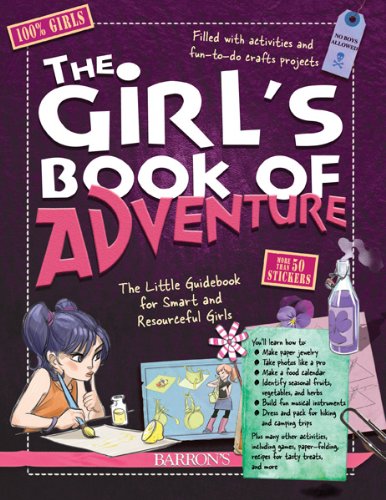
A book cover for The Girl's Book of Adventure: The Little Guidebook for Smart and Resourceful Girls; Michele Lecreux; Children's Books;